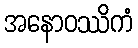
အနောဝဿိကံ